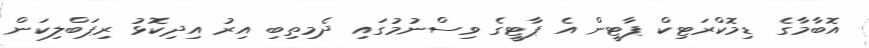
އޮބާމާގެ ޑިމޮކްރަޓިކް ޕާޓީން އެ ޕާޓީގެ ވިސްނުމުގައި ދެމިތިބި އިރު އިދިކޮޅު ރިޕަބްލިކަން